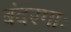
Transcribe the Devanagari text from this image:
बंदरगाः